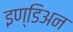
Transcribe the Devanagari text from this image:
इण्डिअन